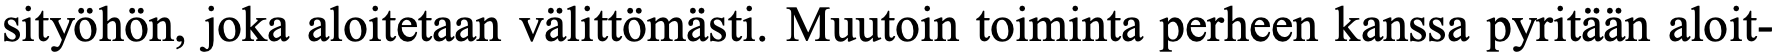
sityöhön, joka aloitetaan välittömästi. Muutoin toiminta perheen kanssa pyritään aloit-